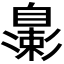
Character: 𬛮